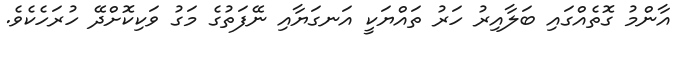
އާންމު ގޮތެއްގައި ބަލާއިރު ހަރު ތައްޔަކީ އަނގަޔާއި ނޭފަތުގެ މަގު ވަކިކޮށްދޭ ހުރަހެކެވެ.